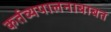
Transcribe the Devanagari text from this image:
कर्तव्यपालनाबाबत